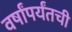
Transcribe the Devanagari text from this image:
वर्षांपर्यंतची